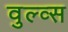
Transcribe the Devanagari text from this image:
वुल्व्स